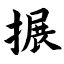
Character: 搌